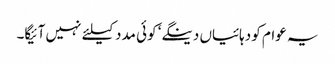
یہ عوام کو دہائیاں دینگے‘ کوئی مدد کیلئے نہیں آئیگا۔